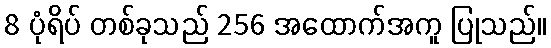
8 ပုံရိပ် တစ်ခုသည် 256 အထောက်အကူ ပြုသည်။